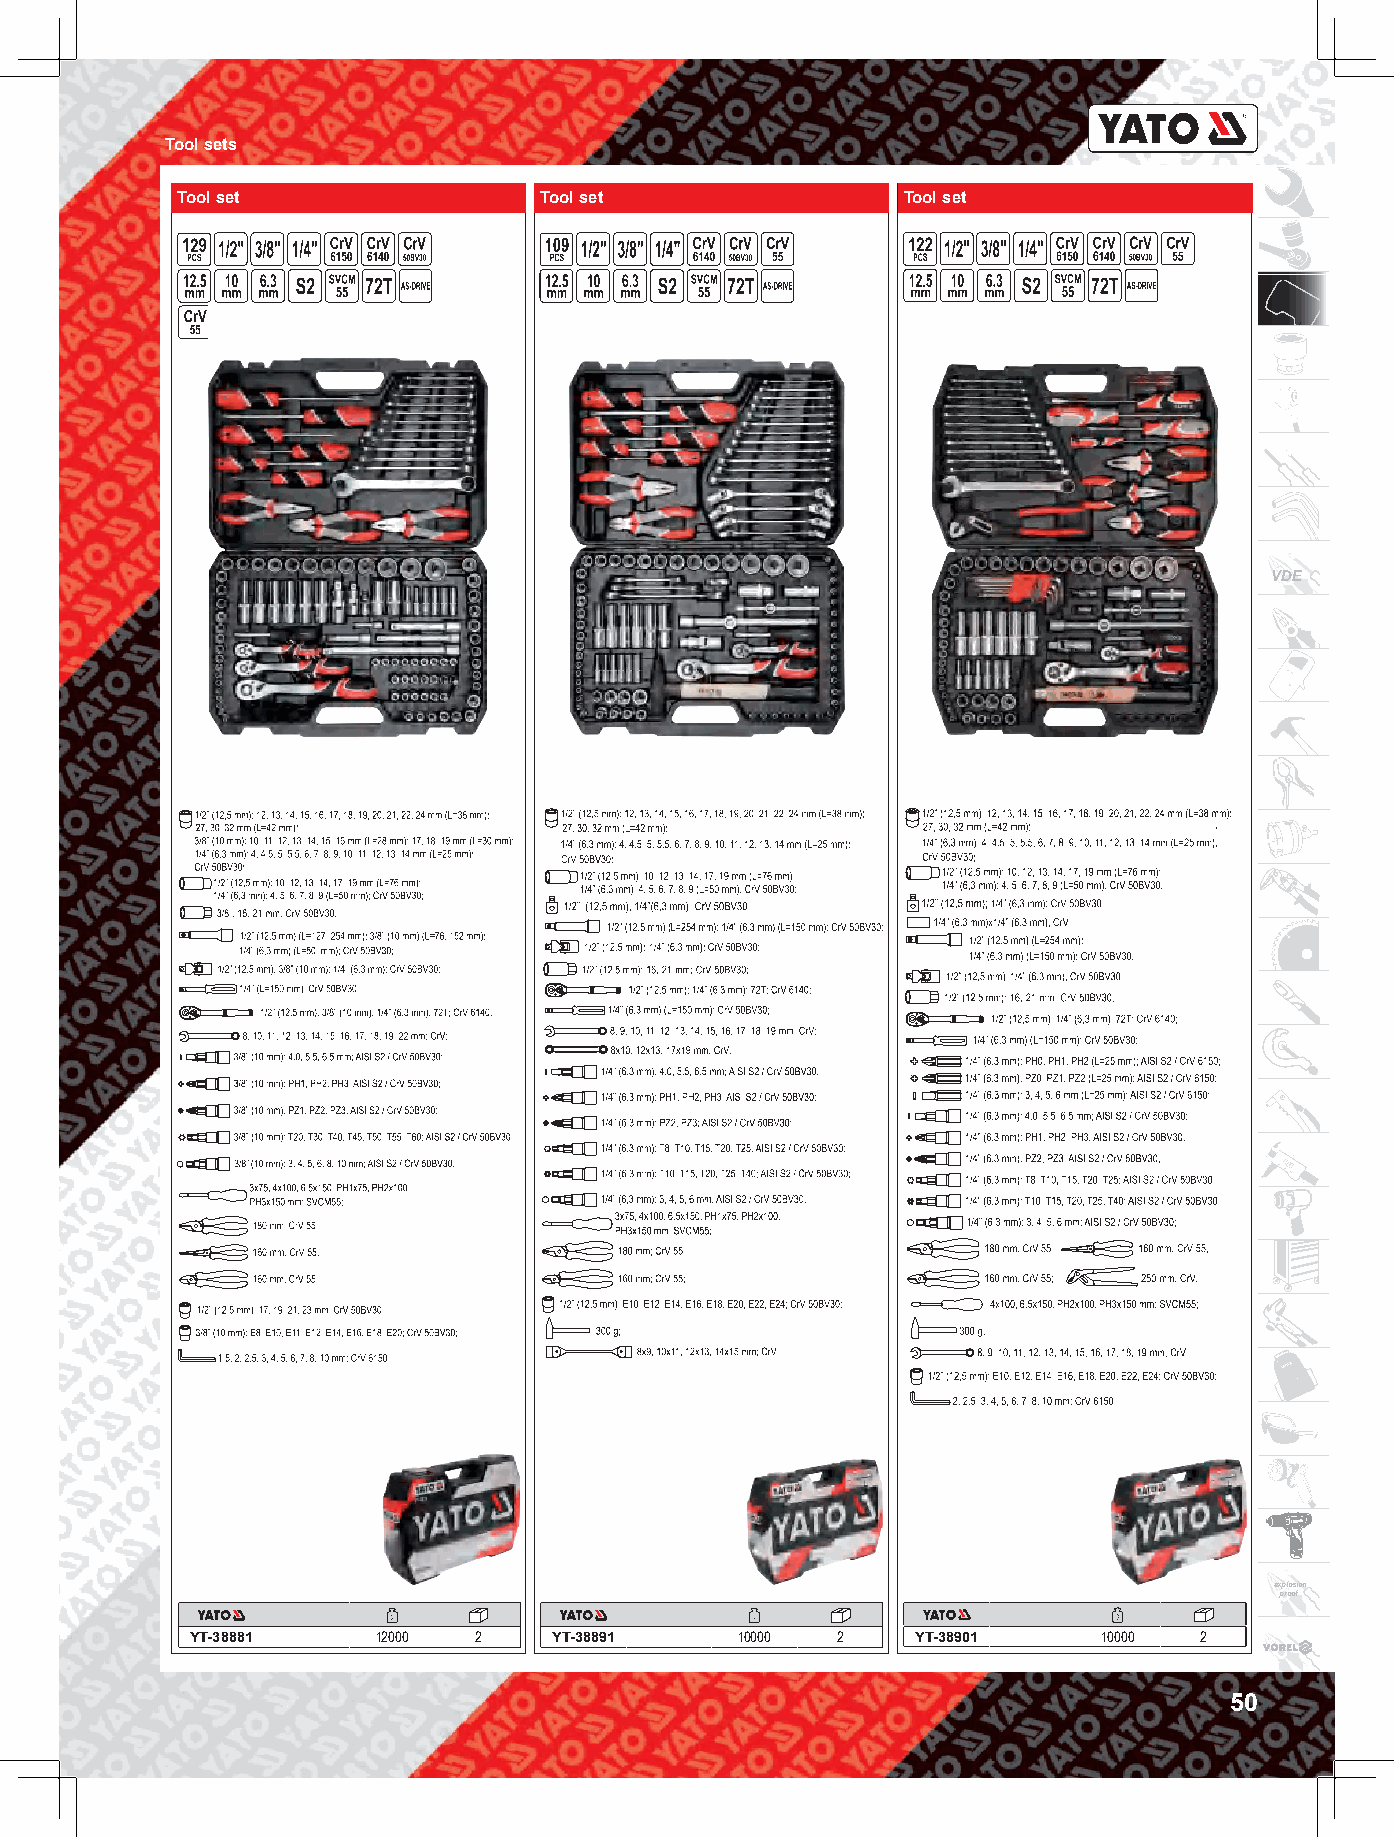
Tool sets
 Tool set                Tool set                Tool set
 VDE
 explosion
 proof
 YT-38881    12000 2     YT-38891    10000 2     YT-38901    10000 2
 50